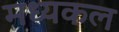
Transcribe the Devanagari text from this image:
मध्यकल